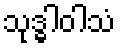
သုဒ္ဓါဝါသံ